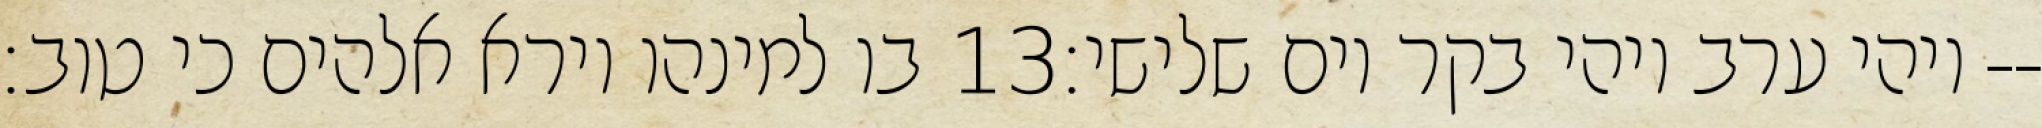
בו למינהו וירא אלהים כי טוב׃ ‎13‏ ויהי ערב ויהי בקר יום שלישי׃--